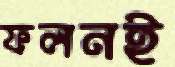
ফলনই